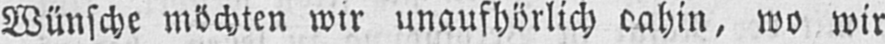
wo wir